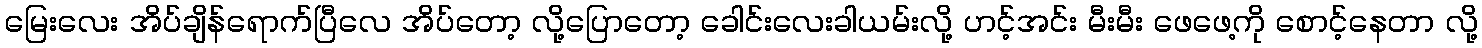
မြေးလေး အိပ်ချိန်ရောက်ပြီလေ အိပ်တော့ လို့ပြောတော့ ခေါင်းလေးခါယမ်းလို့ ဟင့်အင်း မီးမီး ဖေဖေ့ကို စောင့်နေတာ လို့